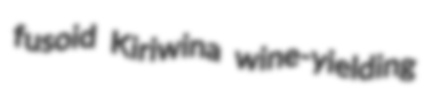
fusoid Kiriwina wine-yielding